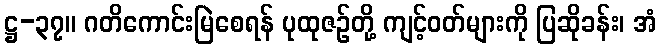
ဋ္ဌ-၃၇။ ဂတိကောင်းမြဲစေရန် ပုထုဇဉ်တို့ ကျင့်ဝတ်များကို ပြဆိုခန်း၊ အံ